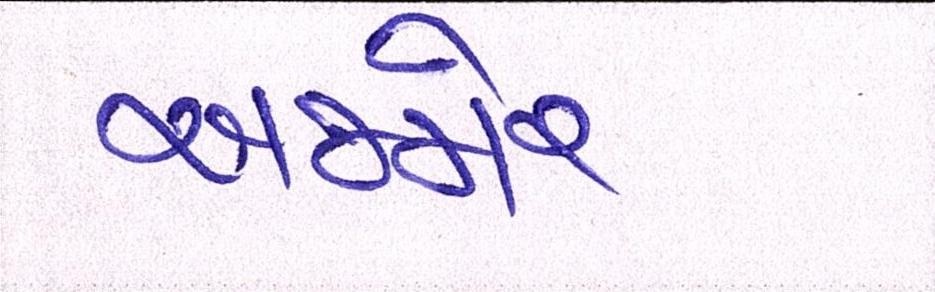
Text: અજમેર